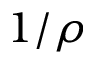
1 / \rho